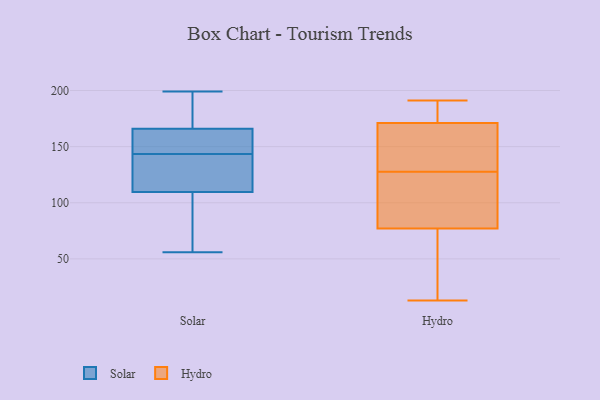
{"axis": {"x": "Energy Usage (MWh)", "y": "Value"}, "legend": ["Hydro", "Solar"], "data": [{"x": "", "y": 173, "type": "Solar"}, {"x": "", "y": 56, "type": "Solar"}, {"x": "", "y": 108, "type": "Solar"}, {"x": "", "y": 65, "type": "Solar"}, {"x": "", "y": 168, "type": "Solar"}, {"x": "", "y": 150, "type": "Solar"}, {"x": "", "y": 137, "type": "Solar"}, {"x": "", "y": 100, "type": "Solar"}, {"x": "", "y": 135, "type": "Solar"}, {"x": "", "y": 150, "type": "Solar"}, {"x": "", "y": 156, "type": "Solar"}, {"x": "", "y": 116, "type": "Solar"}, {"x": "", "y": 111, "type": "Solar"}, {"x": "", "y": 192, "type": "Solar"}, {"x": "", "y": 170, "type": "Solar"}, {"x": "", "y": 88, "type": "Solar"}, {"x": "", "y": 152, "type": "Solar"}, {"x": "", "y": 199, "type": "Solar"}, {"x": "", "y": 121, "type": "Solar"}, {"x": "", "y": 164, "type": "Solar"}, {"x": "", "y": 60, "type": "Hydro"}, {"x": "", "y": 51, "type": "Hydro"}, {"x": "", "y": 138, "type": "Hydro"}, {"x": "", "y": 61, "type": "Hydro"}, {"x": "", "y": 139, "type": "Hydro"}, {"x": "", "y": 191, "type": "Hydro"}, {"x": "", "y": 77, "type": "Hydro"}, {"x": "", "y": 115, "type": "Hydro"}, {"x": "", "y": 13, "type": "Hydro"}, {"x": "", "y": 171, "type": "Hydro"}, {"x": "", "y": 180, "type": "Hydro"}, {"x": "", "y": 115, "type": "Hydro"}, {"x": "", "y": 187, "type": "Hydro"}, {"x": "", "y": 164, "type": "Hydro"}, {"x": "", "y": 82, "type": "Hydro"}, {"x": "", "y": 184, "type": "Hydro"}, {"x": "", "y": 154, "type": "Hydro"}, {"x": "", "y": 117, "type": "Hydro"}]}